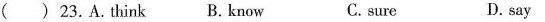
( ) 23.A.think B. know C.sure D.say